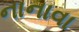
નાનાવા